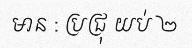
មាន : ប្រជ្រុ យប់ ២